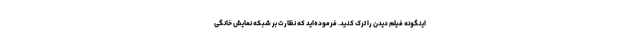
اینگونه فیلم دیدن را ترک کنید. فرموده‌اید که نظارت بر شبکه نمایش خانگی